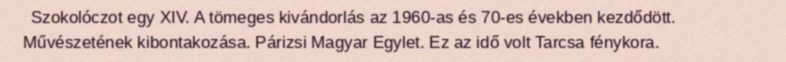
Szokolóczot egy XIV. A tömeges kivándorlás az 1960-as és 70-es években kezdődött. Művészetének kibontakozása. Párizsi Magyar Egylet. Ez az idő volt Tarcsa fénykora.